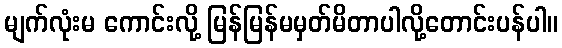
မျက်လုံးမ ကောင်းလို့ မြန်မြန်မမှတ်မိတာပါလို့တောင်းပန်ပါ။